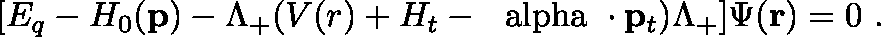
[ E _ { q } - H _ { 0 } ( { \bf p } ) - \Lambda _ { + } ( V ( r ) + H _ { t } - \mathrm { \boldmath ~ \ a l p h a ~ } \cdot { \bf p } _ { t } ) \Lambda _ { + } ] \Psi ( { \bf r } ) = 0 \ .